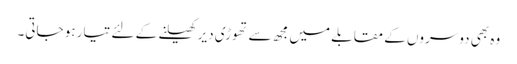
وہ بھی دوسروں کے مقابلے میں مجھ سے تھوڑی دیر کھیلنے کے لئے تیار ہو جاتی۔